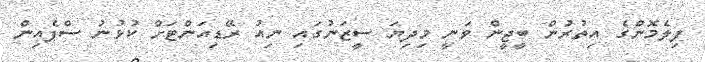
ފިލެމޮންގެ އިތުރުން ބީޖީން ވަނީ މިދިޔަ ސީޒަނުގައި ނިއު ރޭޑިއަންޓަށް ކުޅުނު ސްޕެއިން